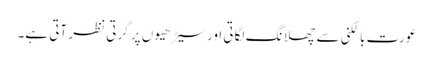
عورت بالکنی سے چھلانگ لگاتی اور سیڑھیوں پر گرتی نظر آتی ہے۔